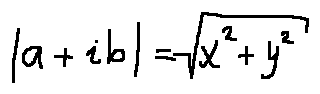
| a + i b | = \sqrt { x ^ { 2 } + y ^ { 2 } }